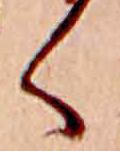
く